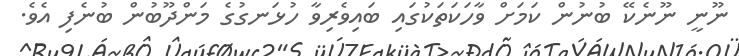
ނޫނީ ނޫނެކޭ ބުނުން ކަމަށް ވާހަކަތަކުގައި ބައިވެރިވާ ހުޅަނގުގެ މަންދޫބުން ބުނެފި އެވެ.